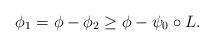
LaTeX: \begin{align*}\phi_1 = \phi - \phi_2 \geq \phi - \psi_0\circ L.\end{align*}